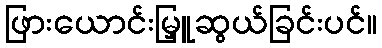
ဖြားယောင်းမြှူဆွယ်ခြင်းပင်။